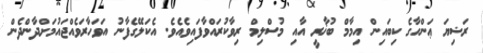
ރަޟިޔަ ޢަންހާގެ ކިބައިން އިމާމް ބުޚާރީ އާއި މުސްލިމް ރިވާކުރައްވާފައިވެއެވެ. އެކަލޭގެފާނު އަވަހާރަވެއްޖައުމަށްދާންދެން